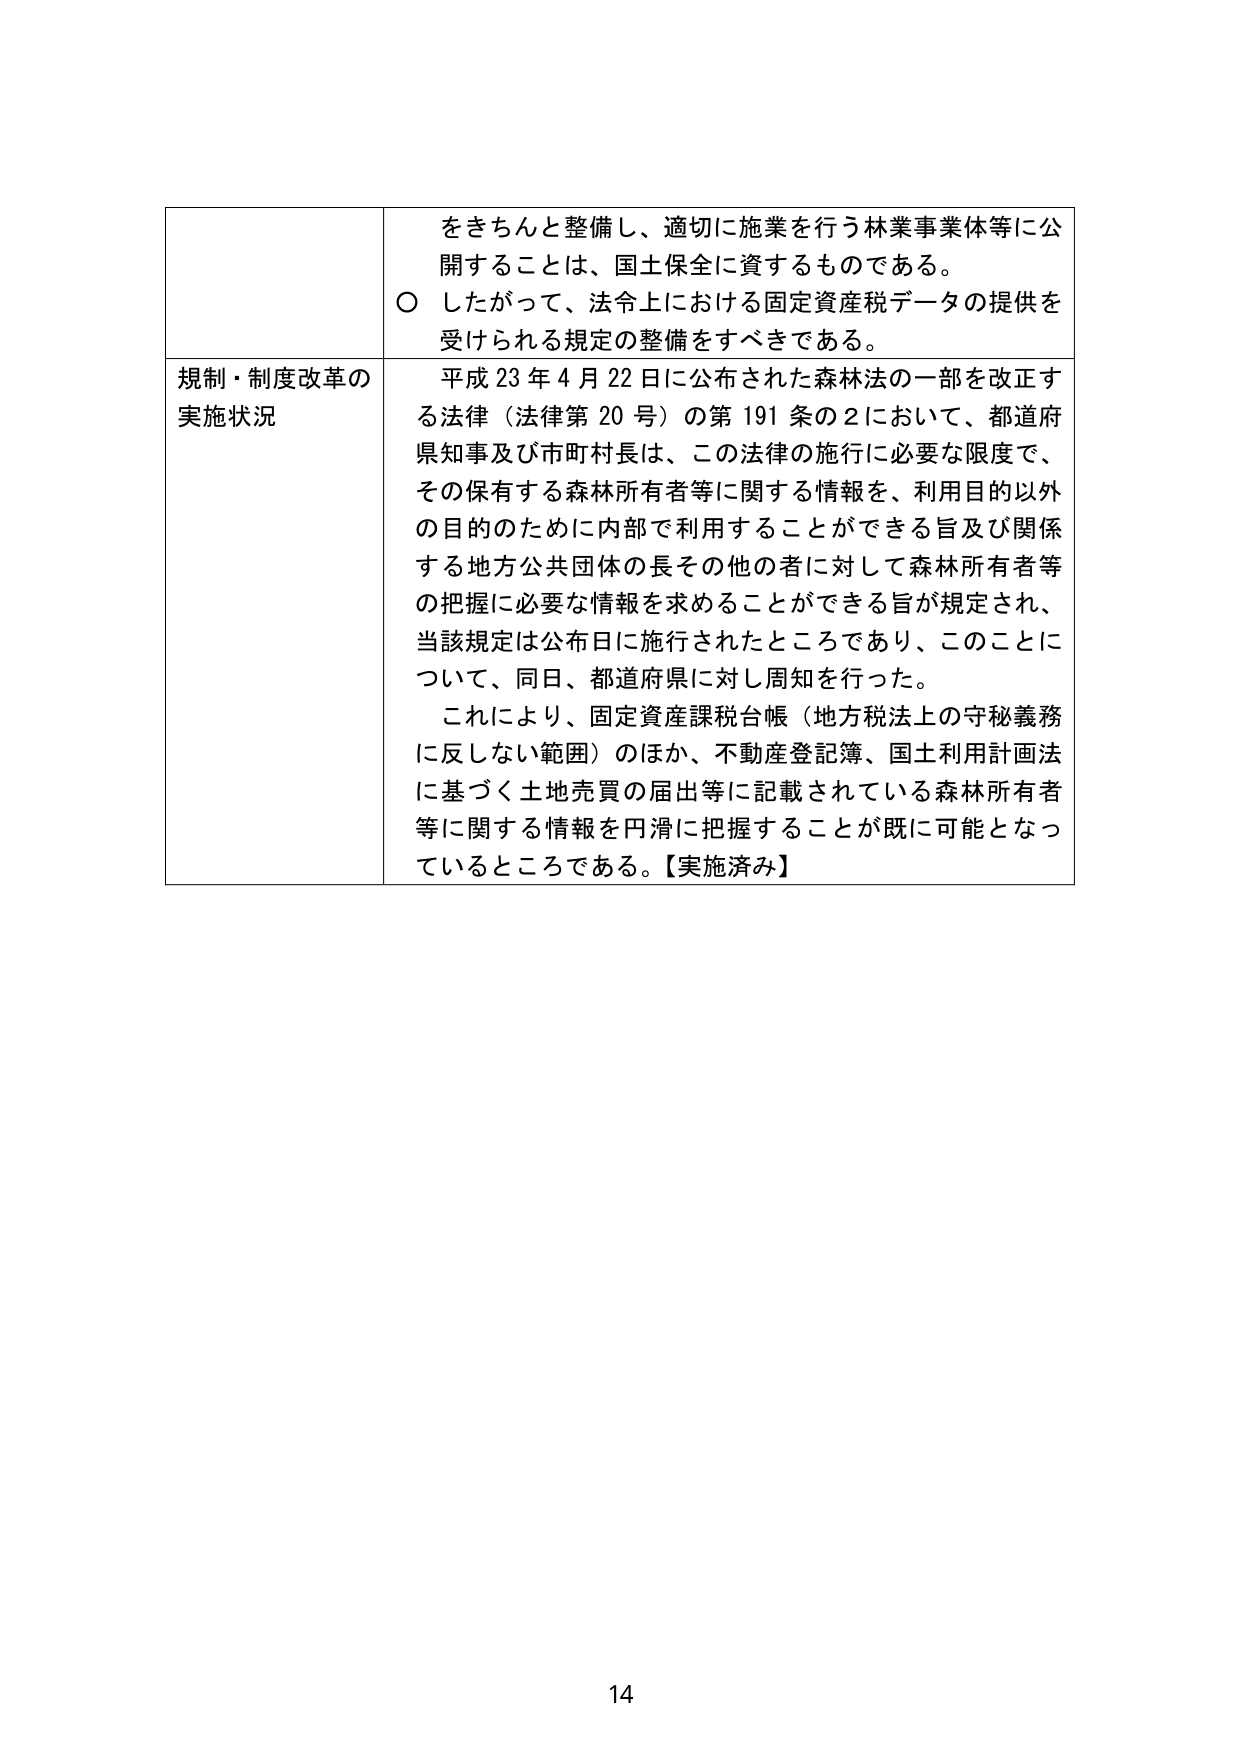
をきちんと整備し、適切に施業を行う林業事業体等に公開することは、国土保全に資するものである。
○ したがって、法令上における固定資産税データの提供を受けられる規定の整備をすべきである。

規制・制度改革の
実施状況
平成23年4月22日に公布された森林法の一部を改正する法律（法律第20号）の第191条の2において、都道府県知事及び市町村長は、この法律の施行に必要な限度で、その保有する森林所有者等に関する情報を、利用目的以外の目的のために内部で利用することができる旨及び関係する地方公共団体の長その他の者に対して森林所有者等の把握に必要な情報を求めることができる旨が規定され、当該規定は公布日に施行されたところであり、このことについて、同日、都道府県に対し周知を行った。
これにより、固定資産課税台帳（地方税法上の守秘義務に反しない範囲）のほか、不動産登記簿、国土利用計画法に基づく土地売買の届出等に記載されている森林所有者等に関する情報を円滑に把握することが既に可能となっているところである。【実施済み】

14